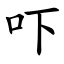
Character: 吓